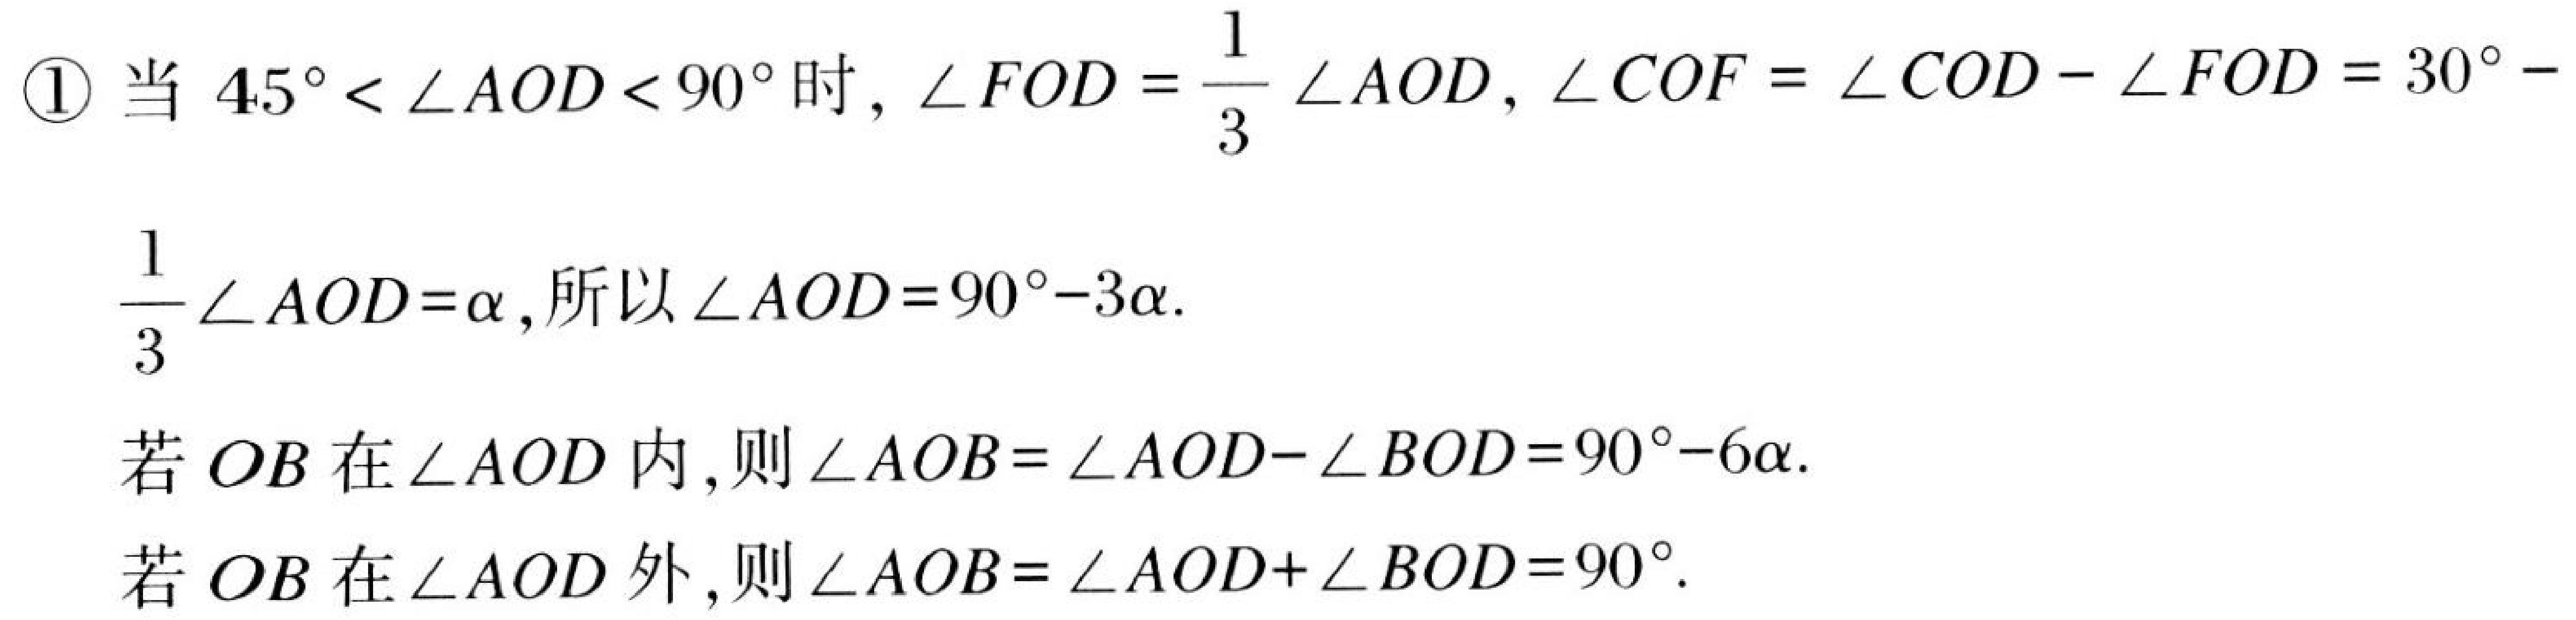
\textcircled{1} 当 \(45^{\circ}<\angle AOD<90^{\circ}\) 时, \(\angle FOD = \frac{1}{3}\angle AOD\), \(\angle COF=\angle COD-\angle FOD = 30^{\circ}- \frac{1}{3}\angle AOD=\alpha\), 所以 \(\angle AOD = 90^{\circ}-3\alpha\).
若 \(OB\) 在 \(\angle AOD\) 内, 则 \(\angle AOB=\angle AOD - \angle BOD = 90^{\circ}-6\alpha\).
若 \(OB\) 在 \(\angle AOD\) 外, 则 \(\angle AOB=\angle AOD+\angle BOD = 90^{\circ}\).